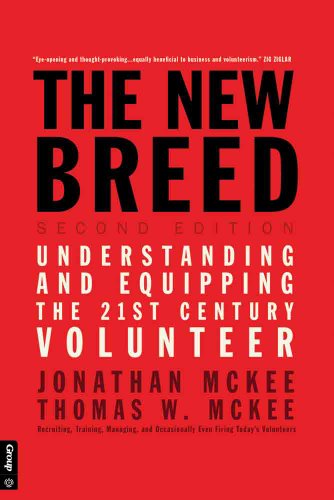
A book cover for The New Breed: Second Edition: Understanding and Equipping the 21st Century Volunteer; Jonathan McKee; Business & Money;